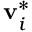
\mathbf { v } _ { i } ^ { * }